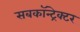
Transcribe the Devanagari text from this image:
सबकॉन्ट्रेक्टर